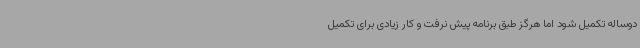
دوساله تکمیل شود اما هرگز طبق برنامه پیش نرفت و کار زیادی برای تکمیل